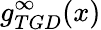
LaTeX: g_{TGD}^{\infty}(x)